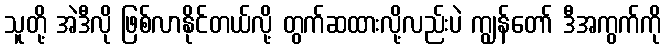
သူတို့ အဲဒီလို ဖြစ်လာနိုင်တယ်လို့ တွက်ဆထားလို့လည်းပဲ ကျွန်တော် ဒီအကွက်ကို